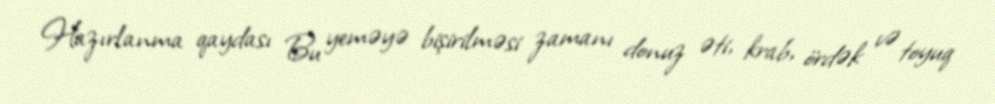
Hazırlanma qaydası Bu yeməyə bişirilməsi zamanı donuz əti, krab, ördək və toyuq